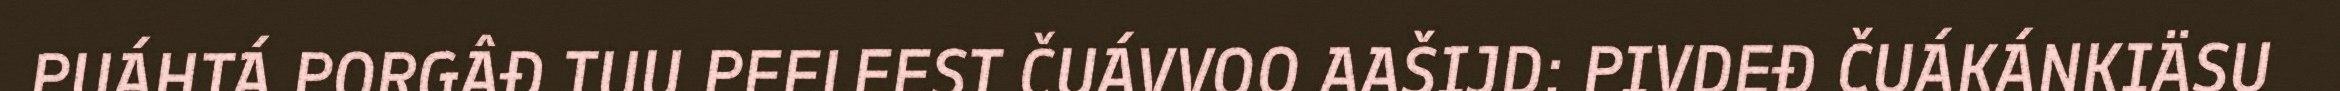
PUÁHTÁ PORGÂĐ TUU PEELEEST ČUÁVVOO AAŠIJD: PIVDEĐ ČUÁKÁNKIÄSU